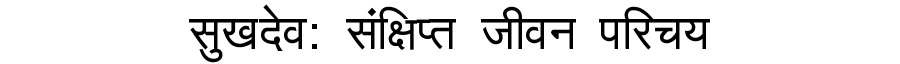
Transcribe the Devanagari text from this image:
सुखदेव: संक्षिप्त जीवन परिचय